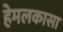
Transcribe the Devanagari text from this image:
हेमलकासा